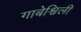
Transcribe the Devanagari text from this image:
गाबेश्विली